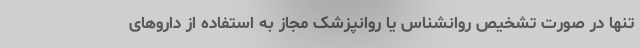
تنها در صورت تشخیص روانشناس یا روانپزشک مجاز به استفاده از داروهای